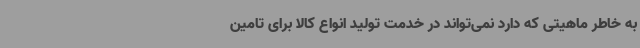
به خاطر ماهیتی که دارد نمی‌تواند در خدمت تولید انواع کالا برای تامین